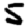
Digit: 5